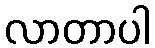
လာတာပါ